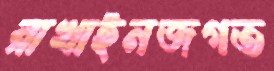
রাখাইনজগত